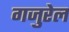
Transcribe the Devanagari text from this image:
गजुरेल